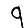
Digit: 9